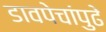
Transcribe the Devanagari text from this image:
डावपेचांपुढे